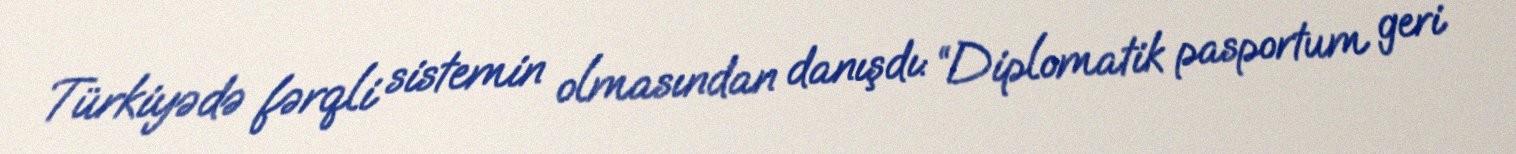
Türkiyədə fərqli sistemin olmasından danışdı: “Diplomatik pasportum geri